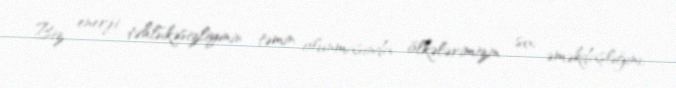
Biz enerji təhlükəsizliyinin təmin olunmasında ölkələrimizin sıx əməkdaşlığını,